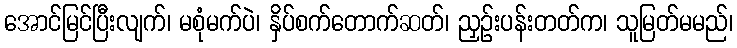
အောင်မြင်ပြီးလျက်၊ မစုံမက်ပဲ၊ နှိပ်စက်တောက်ဆတ်၊ ညှဉ်းပန်းတတ်က၊ သူမြတ်မမည်၊